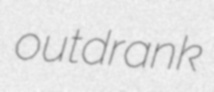
outdrank